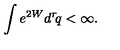
\int e ^ { 2 W } d ^ { r } \! q < \infty .